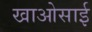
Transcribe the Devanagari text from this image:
खाओसाई